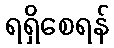
ရရှိစေရန်